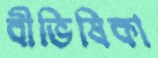
বীভিষিকা